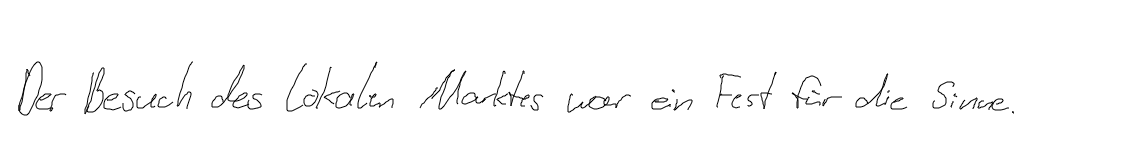
Der Besuch des lokalen Marktes war ein Fest für die Sinne.